Cholera in India, 1862 to 1881
Year: 1862
Disease focus: Cholera
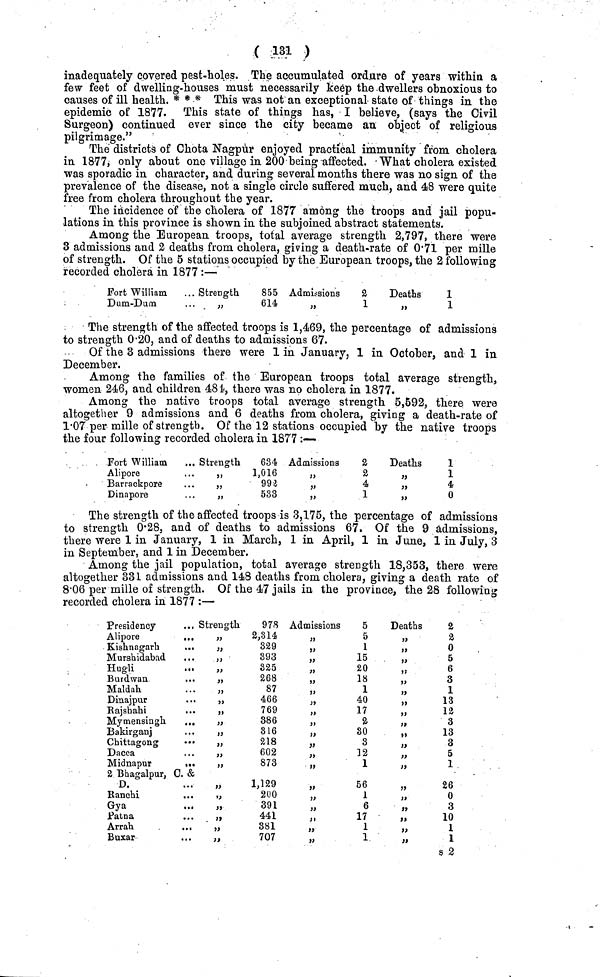
( 131 )
inadequately covered pest-holes. The accumulated ordure of years within a
few feet of dwelling-houses must necessarily keep the -dwellers obnoxious to
causes of ill health. * * * This was not an exceptional state of things in the
epidemic of 1877. This state of things has, I believe, (says the Civil
Surgeon) continued ever since the city became an object of religious
pilgrimage."
The districts of Chota Nagpur enjoyed practical immunity from cholera
in 1877, only about one village in 200 being affected. What cholera existed
was sporadic in character, and during several months there was no sign of the
prevalence of the disease, not a single circle suffered much, and 48 were quite
free from cholera throughout the year.
The incidence of the cholera of 1877 among the troops and jail popu-
lations in this province is shown in the subjoined abstract statements.
Among the European troops, total average strength 2,797, there were
3 admissions and 2 deaths from cholera, giving a death-rate of 0'71 per mille
of strength. Of the 5 stations occupied by the European troops, the 2 following
recorded cholera in 1877 :—
Fort William.
Dum-Dum
Strength
855
614
Admissions
2
1
Deaths
1
1
The strength of the affected troops is 1,469, the percentage of admissions
to strength 0·20, and of deaths to admissions 67.
Of the 3 admissions there were 1 in January, 1 in October, and 1 in
December.
Among the families of the European troops total average strength,
women 246, and children 481, there was no cholera in 1877.
Among the native troops total average strength 5,692, there were
altogether 9 admissions and 6 deaths from cholera, giving a death-rate of
1·07 per mille of strength. Of the 12 stations occupied by the native troops
the four following recorded cholera in 1877 :—
Fort William
Alipore
Barrackpore
Dinapore
Strength
634
1,016
992
533
Admissions
2
2
4
1
Deaths
1
1
4
o
The strength of the affected troops is 3,175, the percentage of admissions
to strength 0·28, and of deaths to admissions 67. Of the 9 admissions,
there were 1 in January, 1 in March, 1 in April, 1 in June, 1 in July, 3
in September, and 1 in December.
Among the jail population, total average strength 18,353, there were
altogether 331 admissions and 148 deaths from cholera, giving a death rate of
8·06 per mille of strength. Of the 47 jails in the province, the 28 following
recorded cholera in 1877 :—
Presidency
Alipore
...
Kishnagarh
. .
Mursbidabad
. .
Hugli
. «
Burdwan
. .
Maldah
. .
Dinajpur
. .
Bajsbahi
. .
Myrnensingh
.
Bakirganj
Chittagong
••
Dacca
Midnapur
..
2 Bhagalpur, 0. &
D.
Ranchi
...
Gya
...
Patna
Arrah
...
Buxar
Strength
978
2,314,
329
393
325
268
87
466
769
„
386
316
218
„
602
873
1,129
„
200
391
441
381
707
Admissions
5
5
1
15
20
18
1
40
17
" 2
80
3
32
1
56
1
6
17
1
1
Deaths
2
a
0
5
6
3
1
13
12
3
„
13
3
5
1
26
0
3
„
10
,,
1
1
s 2